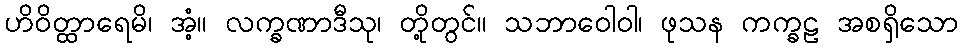
ဟိဝိတ္ထာရေမိ၊ အံ့။ လက္ခဏာဒီသု၊ တို့တွင်။ သဘာဝေါဝါ၊ ဖုသန ကက္ခဠ အစရှိသော